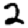
Digit: 2